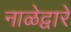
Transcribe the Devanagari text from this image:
नाळेद्वारे